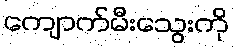
ကျောက်မီးသွေးကို